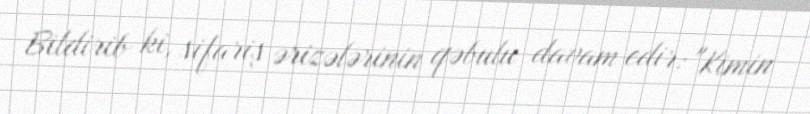
Bildirib ki, sifariş ərizələrinin qəbulu davam edir: "Kimin